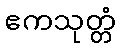
ဧကသုတ္တံ